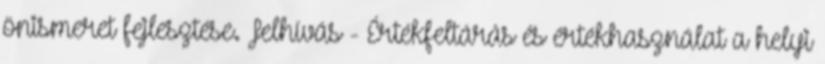
önismeret fejlesztése. Felhívás - Értékfeltárás és értékhasználat a helyi